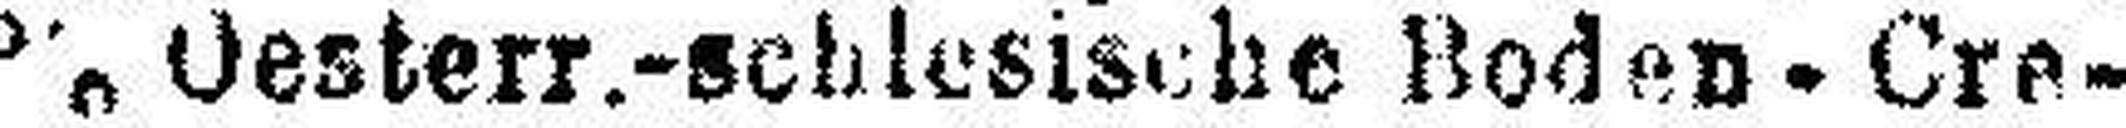
5% Oesterr.-schlesische Boden - Cre¬